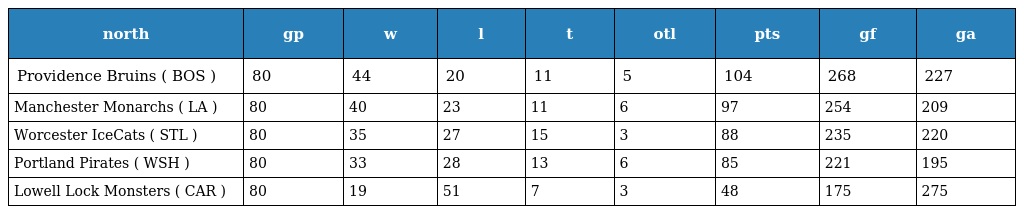
| north | gp | w | l | t | otl | pts | gf | ga |
 | --- | --- | --- | --- | --- | --- | --- | --- | --- |
 | Providence Bruins ( BOS ) | 80 | 44 | 20 | 11 | 5 | 104 | 268 | 227 |
 | Manchester Monarchs ( LA ) | 80 | 40 | 23 | 11 | 6 | 97 | 254 | 209 |
 | Worcester IceCats ( STL ) | 80 | 35 | 27 | 15 | 3 | 88 | 235 | 220 |
 | Portland Pirates ( WSH ) | 80 | 33 | 28 | 13 | 6 | 85 | 221 | 195 |
 | Lowell Lock Monsters ( CAR ) | 80 | 19 | 51 | 7 | 3 | 48 | 175 | 275 |